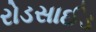
રોડસાઈડ